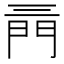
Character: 𨳔